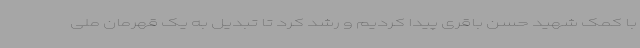
با کمک شهید حسن باقری پیدا کردیم و رشد کرد تا تبدیل به یک قهرمان ملی